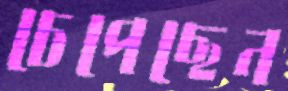
চেপেছেন